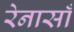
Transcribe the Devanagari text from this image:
रेनासाँ